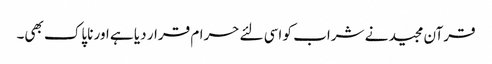
قرآن مجید نے شراب کو اسی لئے حرام قرار دیا ہے اور ناپاک بھی۔